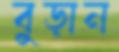
বুড়ান